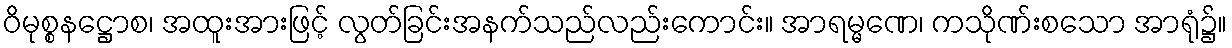
ဝိမုစ္စနဋ္ဌောစ၊ အထူးအားဖြင့် လွတ်ခြင်းအနက်သည်လည်းကောင်း။ အာရမ္မဏေ၊ ကသိုဏ်းစသော အာရုံ၌။